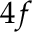
4 f